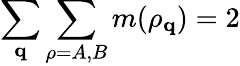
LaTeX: \sum_{\mathbf{q}}\sum_{\rho=A,B}m(\rho_{\mathbf{q}})=2